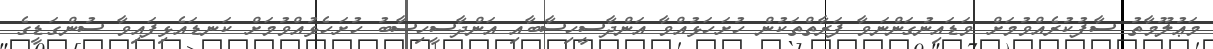
މަޢުލޫމާތު ސާފުކުރެއްވުމަށް ވަޑައިނުގަންނަވާ ފަރާތްތަކުން ހުށަހަޅުއްވާ އަންދާސީހިސާބާއި އަންދާސީހިސާބު ހުށަހެޅުއްވުމަށް ކަނޑައެޅިފައިވާ ސުންގަޑީގެ